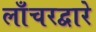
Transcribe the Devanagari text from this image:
लाँचरद्वारे